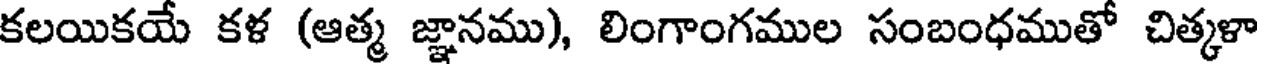
కలయికయే కళ (ఆత్మ జ్ఞానము), లింగాంగముల సంబంధముతో చిత్కళా